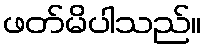
ဖတ်မိပါသည်။